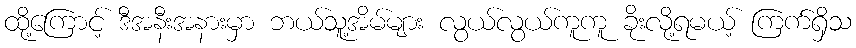
ထို့ကြောင့် ဒီအနီးအနားမှာ ဘယ်သူ့အိမ်များ လွယ်လွယ်ကူကူ ခိုးလို့ရမယ့် ကြက်ရှိသ